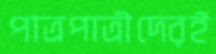
পাত্রপাত্রীদেরই